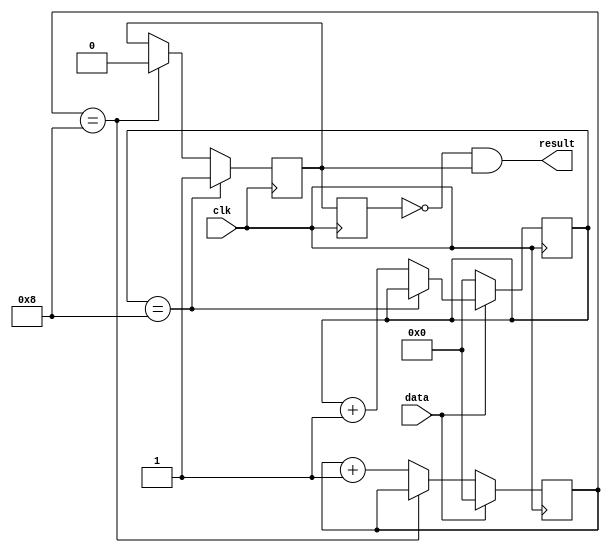
module attenuater(clk, data, result);

	input clk;
	input data;
	output result;

	reg [3:0] count_h;
	reg [3:0] count_l;
	wire flag_h;
	wire flag_l;
	reg flag;
	reg flag_buf;
	
	localparam [3:0] delay = 4'b1000;
	
	initial
		begin
			count_h = 4'b0;
			count_l = 4'b0;
			flag = 0;
			flag_buf = 0;
		end
	
	always @(posedge clk)
		if(data == 1)
			if(count_h == delay)
				count_h <= count_h;
			else
				count_h <= count_h + 4'b1;
		else
			count_h <= 4'b0000;

	always @(posedge clk)
		if(data == 0)
			if(count_l == delay)
				count_l <= count_l;
			else
				count_l <= count_l + 4'b1;
		else
			count_l <= 4'b0000;

	assign flag_h = (count_h == delay);
	assign flag_l = (count_l == delay);

	always @(posedge clk)
		if(flag_h)
			flag <= 1;
		else if(flag_l)
			flag <= 0;

	always @(posedge clk)
		flag_buf <= flag;

	assign result = !flag_buf && flag;

endmodule